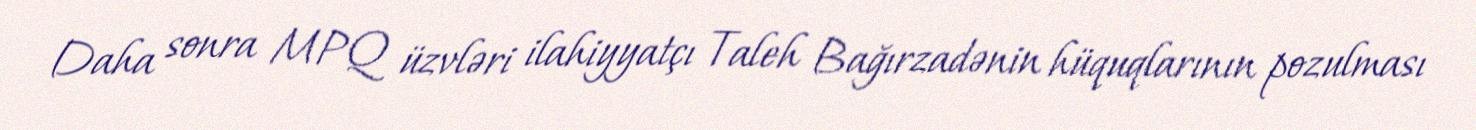
Daha sonra MPQ üzvləri ilahiyyatçı Taleh Bağırzadənin hüquqlarının pozulması